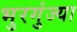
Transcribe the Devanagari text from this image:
भुरगुंज्या